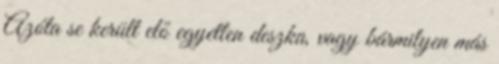
Azóta se került elő egyetlen deszka, vagy bármilyen más